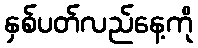
နှစ်ပတ်လည်နေ့ကို